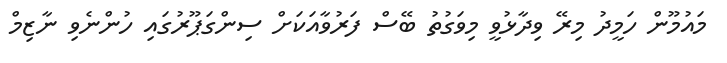
މައުމޫން ހަމީދު މިރޭ ވިދާޅުވީ މިވަގުތު ބޭސް ފަރުވާއަކަށް ސިންގަޕޫރުގައި ހުންނެވި ނާޒިމް